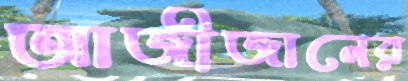
আজীজানের